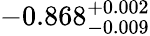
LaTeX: -0.868_{-0.009}^{+0.002}